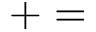
+ =